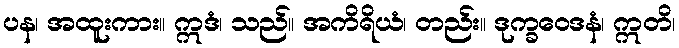
ပန၊ အထူးကား။ ဣဒံ၊ သည်။ အကိရိယံ၊ တည်း။ ဒုက္ခဝေဒနံ၊ ဣတိ၊